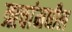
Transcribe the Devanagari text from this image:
ऋचांमधील